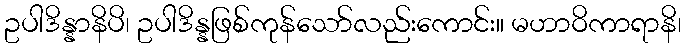
ဥပါဒိန္နာနိပိ၊ ဥပါဒိန္နဖြစ်ကုန်သော်လည်းကောင်း။ မဟာဝိကာရာနိ၊